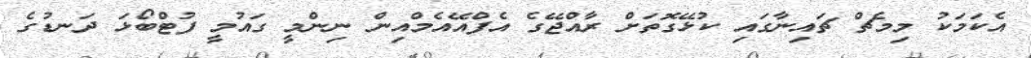
އެކަމަކު މިމެޗް ޗައިނާގައި ކުޅޭގޮތަށް ރާއްޖޭގެ އެފްއޭއެމްއިން ނިންމީ ގައުމީ ފުޓްބޯޅަ ދަނޑުގެ